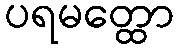
ပရမတ္ထော